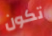
تكون